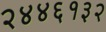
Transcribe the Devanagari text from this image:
२४४६१३२